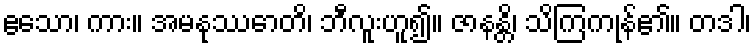
ဧသော၊ ကား။ အမနုဿောတိ၊ ဘီလူးဟူ၍။ ဇာနန္တိ၊ သိကြကုန်၏။ တဒါ၊